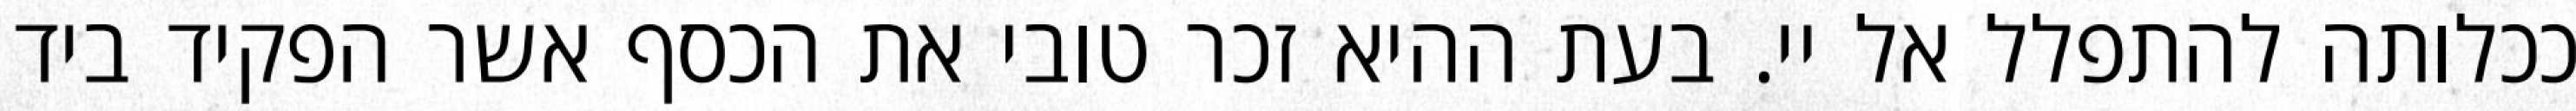
ככלותה להתפלל אל יי. בעת ההיא זכר טובי את הכסף אשר הפקיד ביד